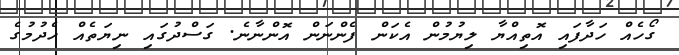
ގޯހެއް ހަދާފައި އޮތިއްޔާ ލިޔުމުން އެކަން ފެންނަން އޮންނާނެ. ގަސްދުގައި ނިޔަތެއް ހެދުމުގެ